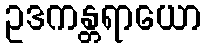
ဥဒကန္တရာယော